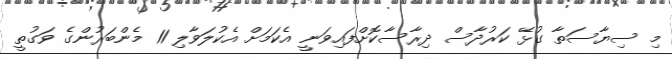
މި ސިޔާސަތާ ގުޅޭ ކަރުދާސް ދިރާސާކޮށްފައިވަނީ އެކަމަށް އެކުލަވާލި 11 މެންބަރުންގެ ވަގުތީ